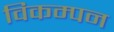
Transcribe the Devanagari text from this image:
विकम्पन